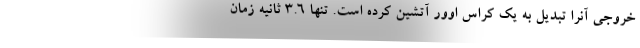
خروجی آنرا تبدیل به یک کراس اوور آتشین کرده است. تنها 3.6 ثانیه زمان